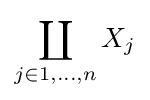
\coprod _{j\in {1,\ldots ,n}}X_{j}